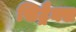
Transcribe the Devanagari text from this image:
सिट्रैक्स